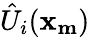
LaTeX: \hat{U}_{i}(\mathbf{x_{m}})